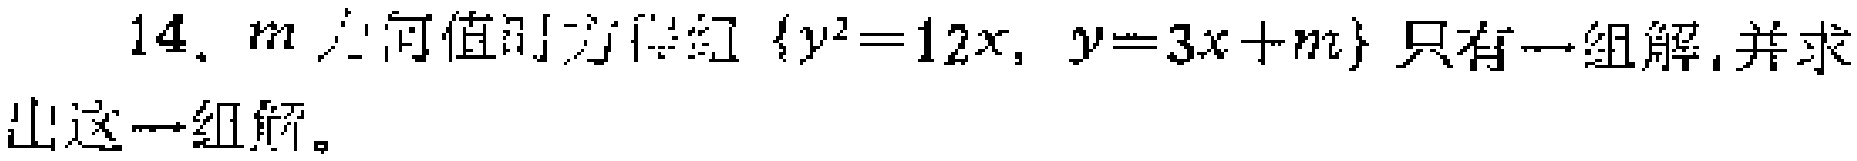
14. \(m\)为何值时方程组\(\begin{cases}y^{2}=12x,\\y = 3x + m\end{cases}\)只有一组解，并求出这一组解。